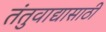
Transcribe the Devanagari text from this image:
तंतुवाद्यासाठी